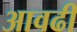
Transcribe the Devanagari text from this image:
आवढी